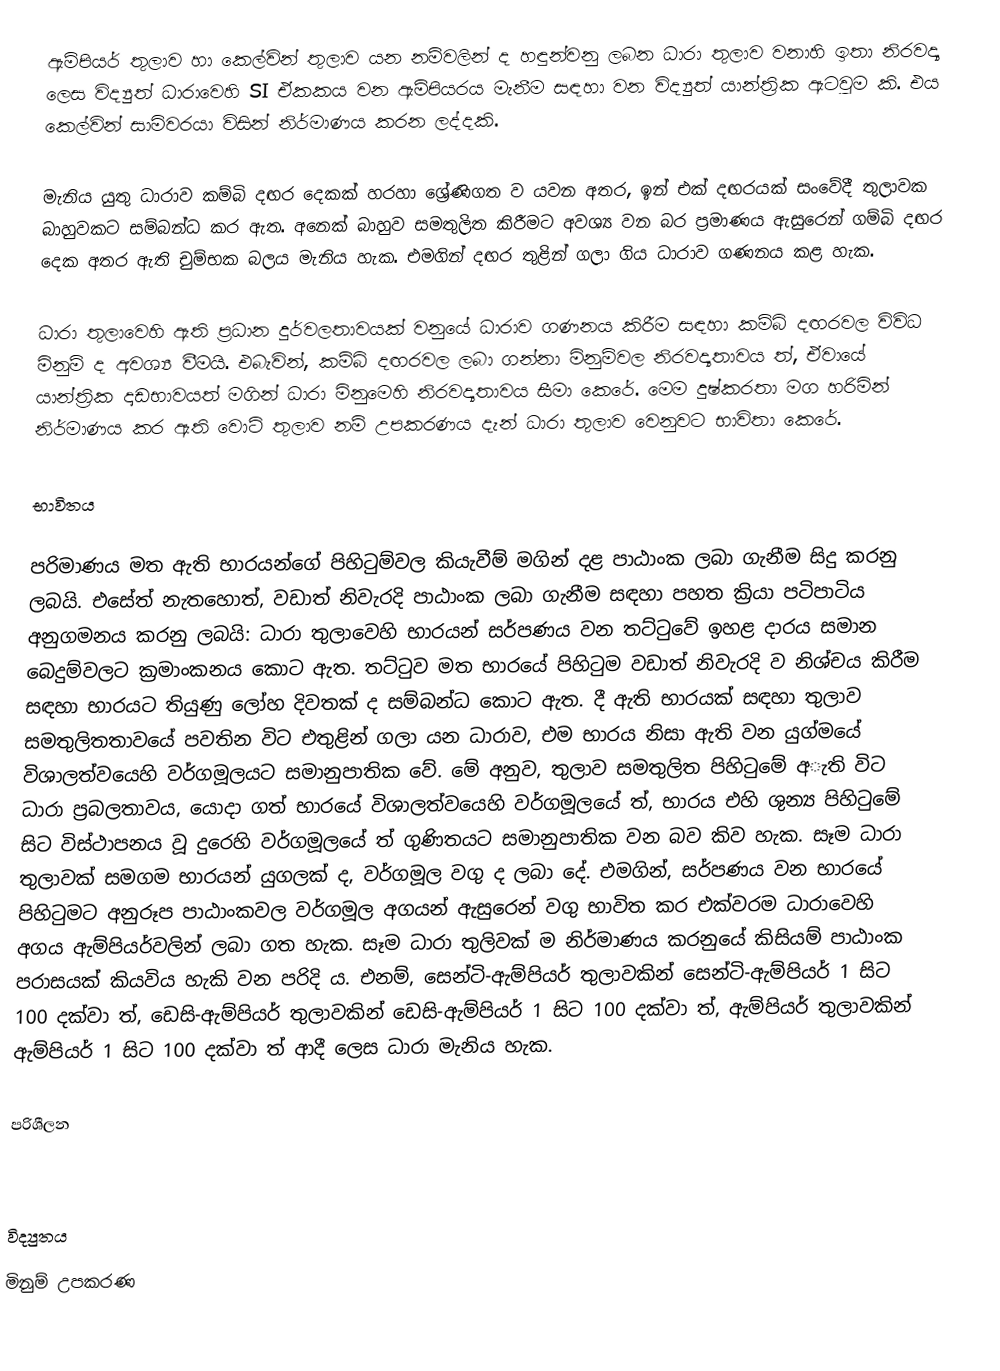
ඇම්පියර් තුලාව හා කෙල්වින් තුලාව යන නම්වලින් ද හඳුන්වනු ලබන ධාරා තුලාව වනාහි ඉතා නිරවද්‍ය ලෙස විද්‍යුත් ධාරාවෙහි SI ඒකකය වන ඇම්පියරය මැනීම සඳහා වන විද්‍යුත් යාන්ත්‍රික ඇටවුම කි. එය කෙල්වින් සාමිවරයා විසින් නිර්මාණය කරන ලද්දකි.

මැනිය යුතු ධාරාව කම්බි දඟර දෙකක් හරහා ශ්‍රේණිගත ව යවන අතර, ඉන් එක් දඟරයක් සංවේදී තුලාවක බාහුවකට සම්බන්ධ කර ඇත. අනෙක් බාහුව සමතුලිත කිරීමට අවශ්‍ය වන බර ප්‍රමාණය ඇසුරෙන් ගම්බි දඟර දෙක අතර ඇති චුම්භක බලය මැනිය හැක. එමගින් දඟර තුළින් ගලා ගිය ධාරාව ගණනය කළ හැක.

ධාරා තුලාවෙහි ඇති ප්‍රධාන දුර්වලතාවයක් වනුයේ ධාරාව ගණනය කිරීම සඳහා කම්බි දඟරවල විවිධ මිනුම් ද අවශ්‍ය වීමයි. එබැවින්, කම්බි දඟරවල ලබා ගන්නා මිනුම්වල නිරවද්‍යතාවය ත්, ඒවායේ යාන්ත්‍රික දෘඩභාවයත් මගින් ධාරා මිනුමෙහි නිරවද්‍යතාවය සීමා කෙරේ. මෙම දුෂ්කරතා මග හරිමින් නිර්මාණය කර ඇති වොට් තුලාව නම් උපකරණය දැන් ධාරා තුලාව වෙනුවට භාවිතා කෙරේ.

භාවිතය

පරිමාණය මත ඇති භාරයන්ගේ පිහිටුම්වල කියැවීම් මගින් දළ පාඨාංක ලබා ගැනීම සිදු කරනු ලබයි. එසේත් නැතහොත්, වඩාත් නිවැරදි පාඨාංක ලබා ගැනීම සඳහා පහත ක්‍රියා පටිපාටිය අනුගමනය කරනු ලබයි: ධාරා තුලාවෙහි භාරයන් සර්පණය වන තට්ටුවේ ඉහළ දාරය සමාන බෙදුම්වලට ක්‍රමාංකනය කොට ඇත. තට්ටුව මත භාරයේ පිහිටුම වඩාත් නිවැරදි ව නිශ්චය කිරීම සඳහා භාරයට තියුණු ලෝහ දිවතක් ද සම්බන්ධ කොට ඇත. දී ඇති භාරයක් සඳහා තුලාව සමතුලිතතාවයේ පවතින විට එතුළින් ගලා යන ධාරාව, එම භාරය නිසා ඇති වන යුග්මයේ විශාලත්වයෙහි වර්ගමූලයට සමානුපාතික වේ. මේ අනුව, තුලාව සමතුලිත පිහිටුමේ අැති විට ධාරා ප්‍රබලතාවය, යොදා ගත් භාරයේ විශාලත්වයෙහි වර්ගමූලයේ ත්, භාරය එහි ශුන්‍ය පිහිටුමේ සිට විස්ථාපනය වූ දුරෙහි වර්ගමූලයේ ත් ගුණිතයට සමානුපාතික වන බව කිව හැක. සෑම ධාරා තුලාවක් සමගම භාරයන් යුගලක් ද, වර්ගමූල වගු ද ලබා දේ. එමගින්, සර්පණය වන භාරයේ පිහිටුමට අනුරූප පාඨාංකවල වර්ගමූල අගයන් ඇසුරෙන් වගු භාවිත කර එක්වරම ධාරාවෙහි අගය ඇම්පියර්වලින් ලබා ගත හැක. සෑම ධාරා තුලිවක් ම නිර්මාණය කරනුයේ කිසියම් පාඨාංක පරාසයක් කියවිය හැකි වන පරිදි ය. එනම්, සෙන්ටි-ඇම්පියර් තුලාවකින් සෙන්ටි-ඇම්පියර් 1 සිට 100 දක්වා ත්, ඩෙසි-ඇම්පියර් තුලාවකින් ඩෙසි-ඇම්පියර් 1 සිට 100 දක්වා ත්, ඇම්පියර් තුලාවකින් ඇම්පියර් 1 සිට 100 දක්වා ත් ආදී ලෙස ධාරා මැනිය හැක.

පරිශීලන

විද්‍යුතය
මිනුම් උපකරණ